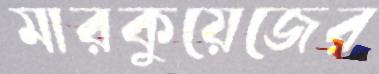
মারকুয়েজের